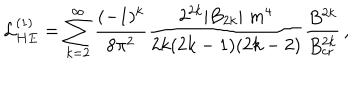
{ \cal L } _ { H E } ^ { ( 1 ) } = \sum _ { k = 2 } ^ { \infty } { \frac { ( - 1 ) ^ { k } } { 8 \pi ^ { 2 } } } { \frac { 2 ^ { 2 k } \vert B _ { 2 k } \vert \; m ^ { 4 } } { 2 k ( 2 k - 1 ) ( 2 k - 2 ) } } { \frac { B ^ { 2 k } } { B _ { \mathrm { c r } } ^ { 2 k } } } \, ,